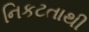
નિકટતાથી